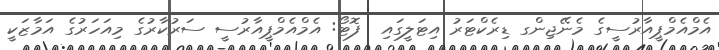
އެމްއެމްޕީއާރުސީގެ މެނޭޖިންގ ޑިރެކްޓަރު އިޓަލީގައި  ފޮޓޯ: އެމްއެމްޕީއާރުސީ ސަރުކާރުގެ މިއަހަރުގެ އަމާޒަކީ